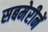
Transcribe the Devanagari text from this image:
सबमेरीनें